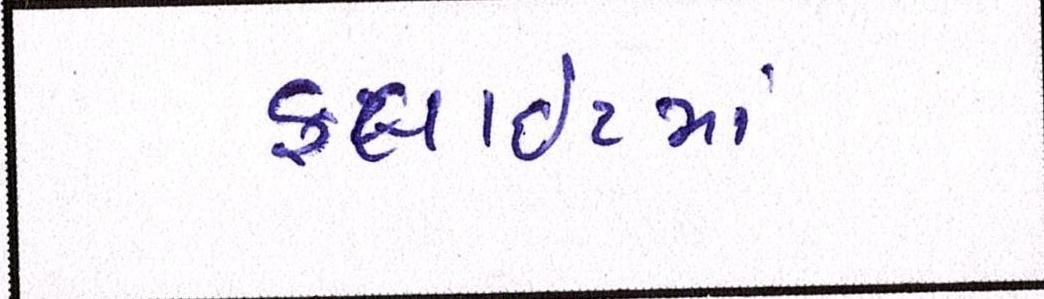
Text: ફ્લાઈટમાં